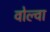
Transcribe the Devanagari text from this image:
वोल्वा